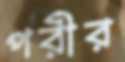
পরীর